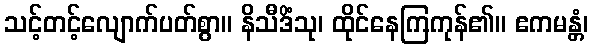
သင့်တင့်လျောက်ပတ်စွာ။ နိသီဒိံသု၊ ထိုင်နေကြကုန်၏။ ဧကမန္တံ၊